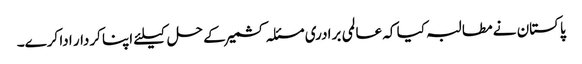
پاکستان نے مطالبہ کیا کہ عالمی برادری مسئلہ کشمیر کے حل کیلئے اپنا کردار ادا کرے۔